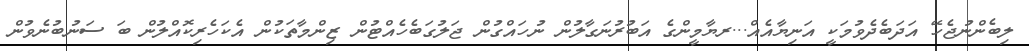
ލިބެންނުޖެހޭ އަދަބެދެވުމަކީ އަނިޔާއެއް...ރޔާމީންގެ އަބުރުނަގާލުން ނުހައްގުން ޖަލުގަބެހެއްޓުން ޒިންމާތަކުން އެކަހެރިކޮއްލުން ބަ ސަނުބުނެވުން